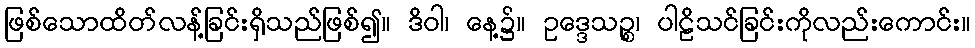
ဖြစ်သောထိတ်လန့်ခြင်းရှိသည်ဖြစ်၍။ ဒိဝါ၊ နေ့၌။ ဥဒ္ဒေသဉ္စ၊ ပါဠိသင်ခြင်းကိုလည်းကောင်း။